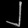
Digit: ၂